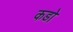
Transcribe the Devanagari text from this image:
कडो